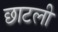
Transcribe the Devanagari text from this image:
छाटली